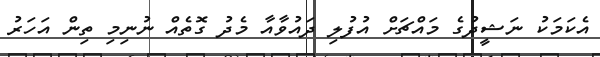
އެކަމަކު ނަޝީދުގެ މައްޗަށް އުފުލި ދައުވާއާ މެދު ގޮތެއް ނުނިމި ތިން އަހަރު